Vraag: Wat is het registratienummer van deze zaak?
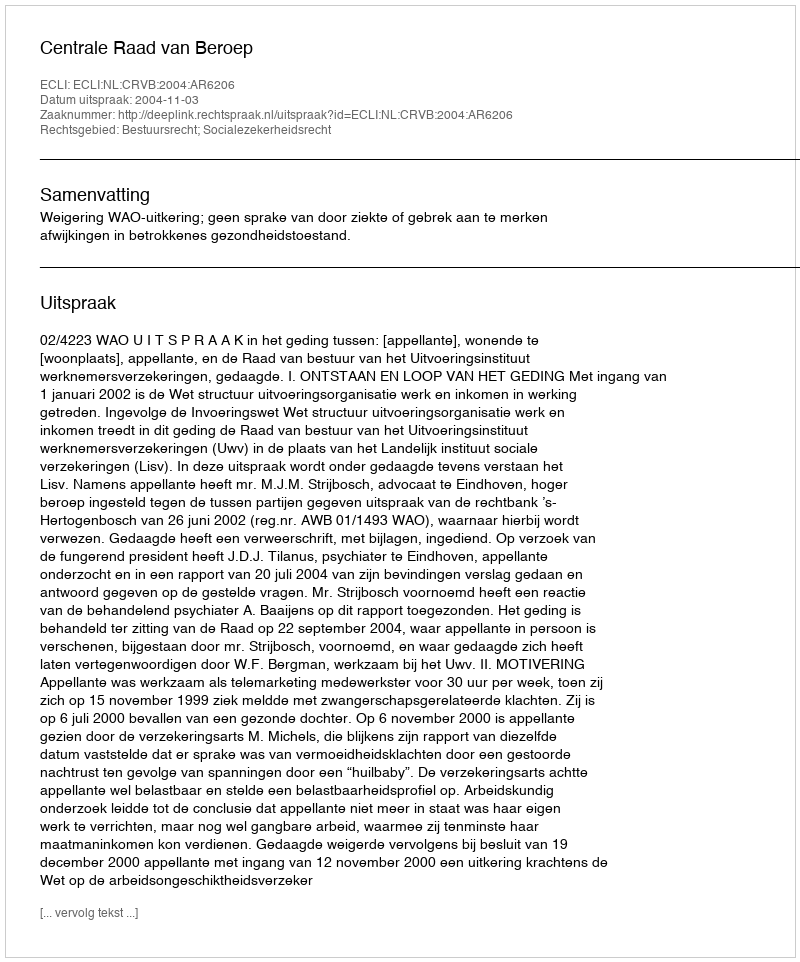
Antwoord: http://deeplink.rechtspraak.nl/uitspraak?id=ECLI:NL:CRVB:2004:AR6206